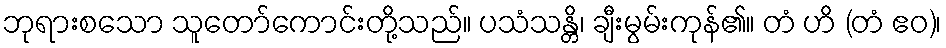
ဘုရားစသော သူတော်ကောင်းတို့သည်။ ပသံသန္တိ၊ ချီးမွမ်းကုန်၏။ တံ ဟိ (တံ ဧဝ)၊